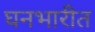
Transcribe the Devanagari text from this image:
घनभारीत